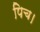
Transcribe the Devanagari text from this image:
पिच।